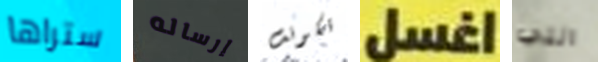
ستراها إرساله تكونت اغسل التي